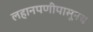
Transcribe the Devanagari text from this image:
लहानपणीपासूनच